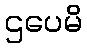
ဌပေမိ